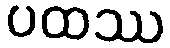
ပထဿ